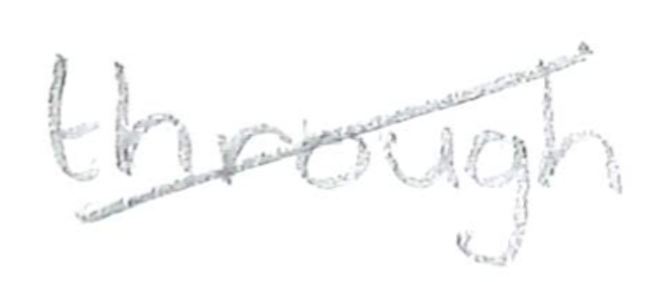
Text: through
Cross-out: mix
Writing tool: pencil